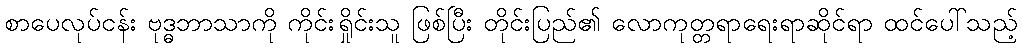
စာပေလုပ်ငန်း ဗုဒ္ဓဘာသာကို ကိုင်းရှိုင်းသူ ဖြစ်ပြီး တိုင်းပြည်၏ လောကုတ္တရာရေးရာဆိုင်ရာ ထင်ပေါ်သည့်